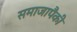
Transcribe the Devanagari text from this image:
समाजापैकी